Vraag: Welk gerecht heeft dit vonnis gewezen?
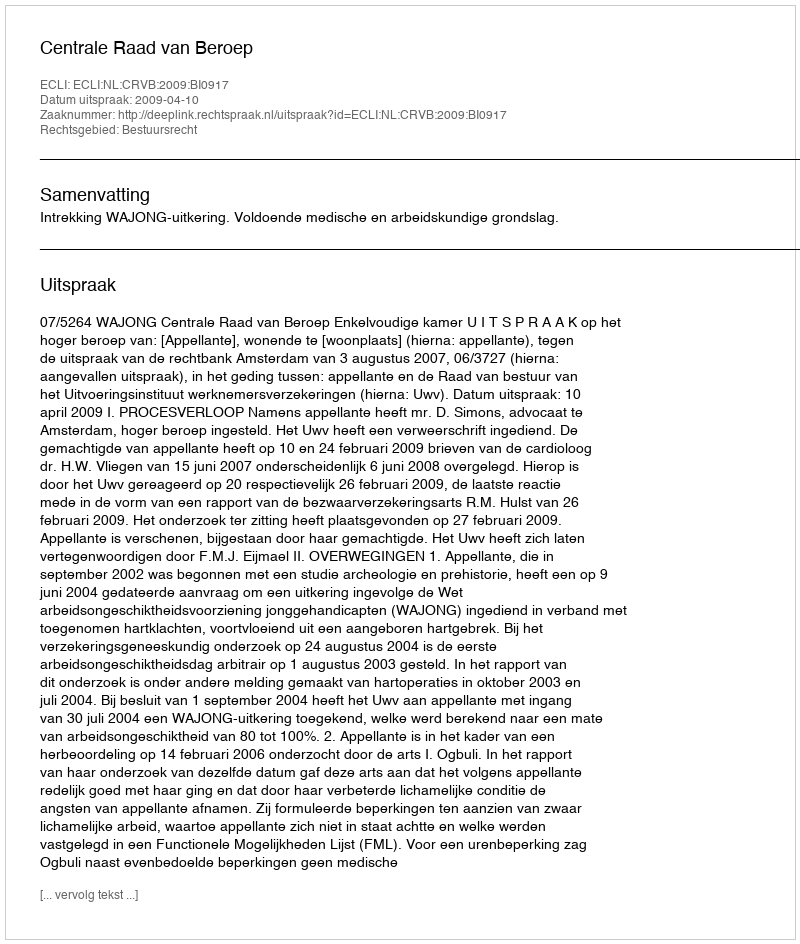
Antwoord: Centrale Raad van Beroep